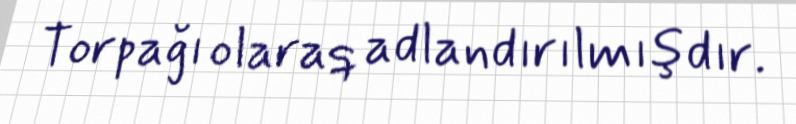
Torpağı olaraq adlandırılmışdır.